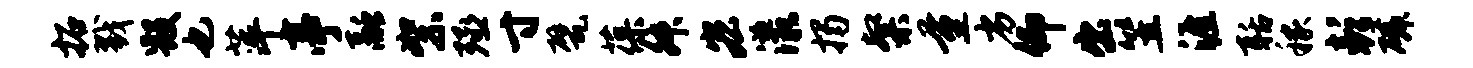
拓戮毁也萍亭融絮殛寸甓葆舛宏漾揭粲量劣仰出笠涯聒稼彭磷